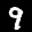
Label: 9